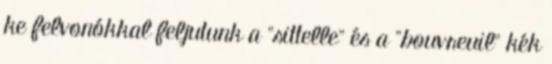
ke felvonókkal feljutunk a "sittelle" és a "bouvreuil" kék